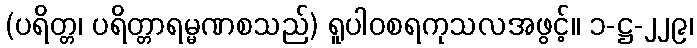
(ပရိတ္တ၊ ပရိတ္တာရမ္မဏစသည်) ရူပါဝစရကုသလအဖွင့်။ ၁-ဋ္ဌ-၂၂၉၊